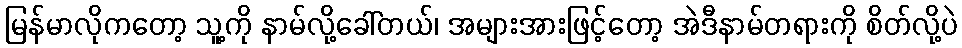
မြန်မာလိုကတော့ သူ့ကို နာမ်လို့ခေါ်တယ်၊ အများအားဖြင့်တော့ အဲဒီနာမ်တရားကို စိတ်လို့ပဲ